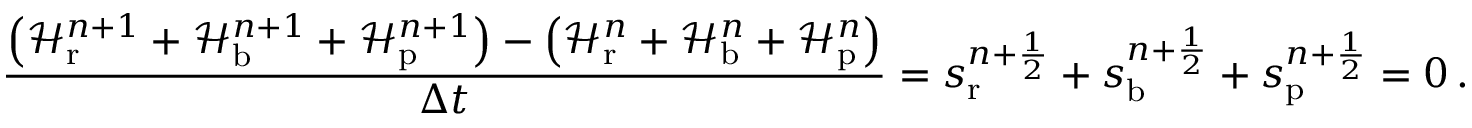
\frac { \left( \mathcal H _ { \mathrm { r } } ^ { n + 1 } + \mathcal H _ { \mathrm { b } } ^ { n + 1 } + \mathcal H _ { \mathrm { p } } ^ { n + 1 } \right) - \left( \mathcal H _ { \mathrm { r } } ^ { n } + \mathcal H _ { \mathrm { b } } ^ { n } + \mathcal H _ { \mathrm { p } } ^ { n } \right) } { \Delta t } = s _ { \mathrm { r } } ^ { n + \frac 1 2 } + s _ { \mathrm { b } } ^ { n + \frac 1 2 } + s _ { \mathrm { p } } ^ { n + \frac 1 2 } = 0 \, .